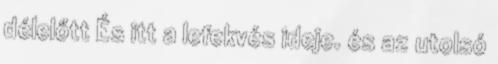
délelőtt És itt a lefekvés ideje. és az utolsó